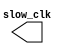
`timescale 1 ns / 1 ps
module slow_clock(slow_clk);

    output reg slow_clk = 1'b1;

    always begin
        #10;
        slow_clk = ~slow_clk;
    end
endmodule